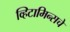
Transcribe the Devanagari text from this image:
व्हिटामिन्‍सचे